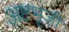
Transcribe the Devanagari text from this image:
अष्टभूजी